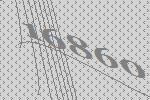
16860